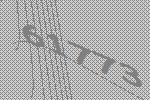
61773